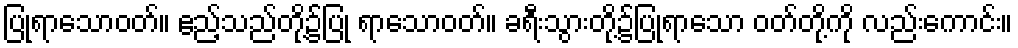
ပြုရာသောဝတ်။ ဧည့်သည်တို့၌ပြု ရာသောဝတ်။ ခရီးသွားတို့၌ပြုရာသော ဝတ်တို့ကို လည်းကောင်း။